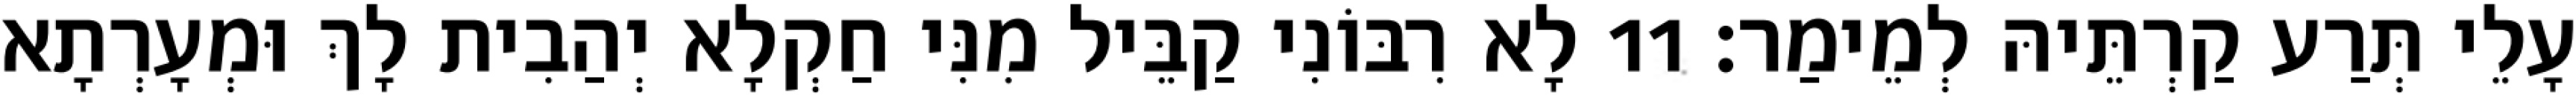
עָלֵי תְּרַע קַרְתֵּיהּ לְמֵימַר׃ 11 לָא רִבּוֹנִי קַבֵּיל מִנִּי חַקְלָא יְהַבִית לָךְ וּמְעָרְתָא